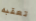
تعقبه